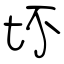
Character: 坏